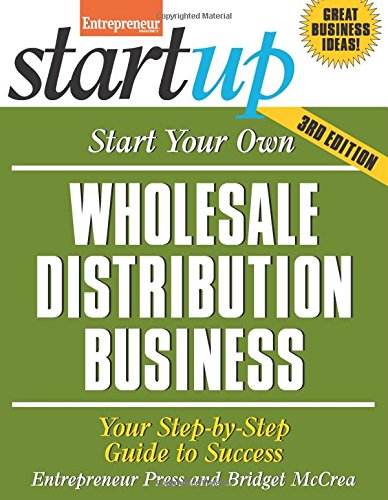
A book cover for Start Your Own Wholesale Distribution Business: Your Step-By-Step Guide to Success (StartUp Series); Bridget McCrea; Business & Money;